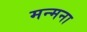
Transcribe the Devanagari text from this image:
मन्मना